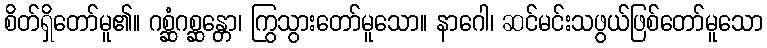
စိတ်ရှိတော်မူ၏။ ဂစ္ဆံဂစ္ဆန္တော၊ ကြွသွားတော်မူသော။ နာဂေါ၊ ဆင်မင်းသဖွယ်ဖြစ်တော်မူသော